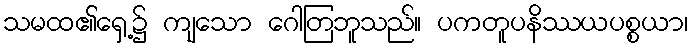
သမထ၏ရှေ့၌ ကျသော ဂေါတြဘူသည်။ ပကတူပနိဿယပစ္စယာ၊